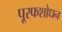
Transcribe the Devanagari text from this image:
पू्रफशोधन